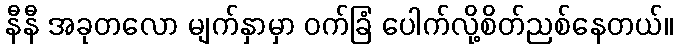
နီနီ အခုတလော မျက်နှာမှာ ဝက်ခြံ ပေါက်လို့စိတ်ညစ်နေတယ်။